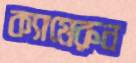
ক্যামেরুন